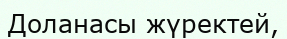
Доланасы жүректей,